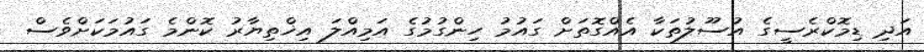
އަދި ޑިމޮކްރެސީގެ އުސޫލުތަކާ އެއްގޮތަށް ގައުމު ހިންގުމުގެ އަމިއްލަ އިޚްތިޔާރު ކޮންމެ ގައުމަކަށްވެސް